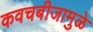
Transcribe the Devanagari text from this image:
कवचबीजामुळे